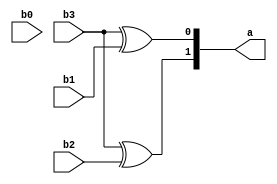
module encod4x2(b3,b2,b1,b0,a);

    input  b3,b2,b1,b0;
    output [1:0]a;

assign a[1] = b3 ^ b2;
assign a[0] = b3 ^ b1;

endmodule